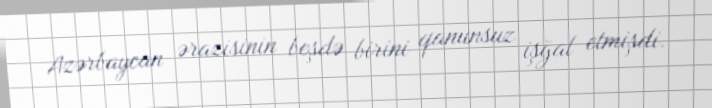
Azərbaycan ərazisinin beşdə birini qanunsuz işğal etmişdi.